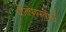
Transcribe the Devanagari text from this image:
धौतपापतीर्थ